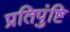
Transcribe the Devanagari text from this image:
प्रतिपुंष्टि